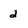
Character: 2